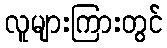
လူများကြားတွင်